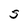
Character: S